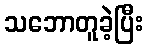
သဘောတူခဲ့ပြီး